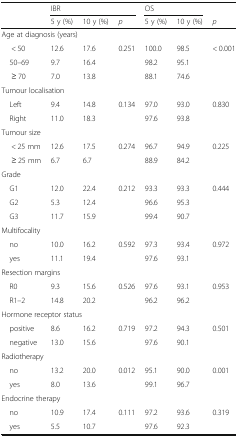
<table><thead><tr><td></td><td colspan="3"><b>IBR</b></td><td colspan="2"><b>OS</b></td><td></td></tr><tr><td></td><td><b>5 y (%)</b></td><td><b>10 y (%)</b></td><td><b><i>p</i></b></td><td><b>5 y (%)</b></td><td><b>10 y (%)</b></td><td><b><i>p</i></b></td></tr></thead><tbody><tr><td colspan="7">Age at diagnosis (years)</td></tr><tr><td>&lt; 50</td><td>12.6</td><td>17.6</td><td>0.251</td><td>100.0</td><td>98.5</td><td>&lt; 0.001</td></tr><tr><td> 50–69</td><td>9.7</td><td>16.4</td><td></td><td>98.2</td><td>95.1</td><td></td></tr><tr><td>≥ 70</td><td>7.0</td><td>13.8</td><td></td><td>88.1</td><td>74.6</td><td></td></tr><tr><td colspan="7">Tumour localisation</td></tr><tr><td> Left</td><td>9.4</td><td>14.8</td><td>0.134</td><td>97.0</td><td>93.0</td><td>0.830</td></tr><tr><td> Right</td><td>11.0</td><td>18.3</td><td></td><td>97.6</td><td>93.8</td><td></td></tr><tr><td colspan="7">Tumour size</td></tr><tr><td>&lt; 25 mm</td><td>12.6</td><td>17.5</td><td>0.274</td><td>96.7</td><td>94.9</td><td>0.225</td></tr><tr><td>≥ 25 mm</td><td>6.7</td><td>6.7</td><td></td><td>88.9</td><td>84.2</td><td></td></tr><tr><td colspan="7">Grade</td></tr><tr><td> G1</td><td>12.0</td><td>22.4</td><td>0.212</td><td>93.3</td><td>93.3</td><td>0.444</td></tr><tr><td> G2</td><td>5.3</td><td>12.4</td><td></td><td>96.6</td><td>95.3</td><td></td></tr><tr><td> G3</td><td>11.7</td><td>15.9</td><td></td><td>99.4</td><td>90.7</td><td></td></tr><tr><td colspan="7">Multifocality</td></tr><tr><td> no</td><td>10.0</td><td>16.2</td><td>0.592</td><td>97.3</td><td>93.4</td><td>0.972</td></tr><tr><td> yes</td><td>11.1</td><td>19.4</td><td></td><td>97.6</td><td>93.1</td><td></td></tr><tr><td colspan="7">Resection margins</td></tr><tr><td> R0</td><td>9.3</td><td>15.6</td><td>0.526</td><td>97.6</td><td>93.1</td><td>0.953</td></tr><tr><td> R1–2</td><td>14.8</td><td>20.2</td><td></td><td>96.2</td><td>96.2</td><td></td></tr><tr><td colspan="7">Hormone receptor status</td></tr><tr><td> positive</td><td>8.6</td><td>16.2</td><td>0.719</td><td>97.2</td><td>94.3</td><td>0.501</td></tr><tr><td> negative</td><td>13.0</td><td>15.6</td><td></td><td>97.6</td><td>90.1</td><td></td></tr><tr><td colspan="7">Radiotherapy</td></tr><tr><td> no</td><td>13.2</td><td>20.0</td><td>0.012</td><td>95.1</td><td>90.0</td><td>0.001</td></tr><tr><td> yes</td><td>8.0</td><td>13.6</td><td></td><td>99.1</td><td>96.7</td><td></td></tr><tr><td colspan="7">Endocrine therapy</td></tr><tr><td> no</td><td>10.9</td><td>17.4</td><td>0.111</td><td>97.2</td><td>93.6</td><td>0.319</td></tr><tr><td> yes</td><td>5.5</td><td>10.7</td><td></td><td>97.6</td><td>92.3</td><td></td></tr></tbody></table>